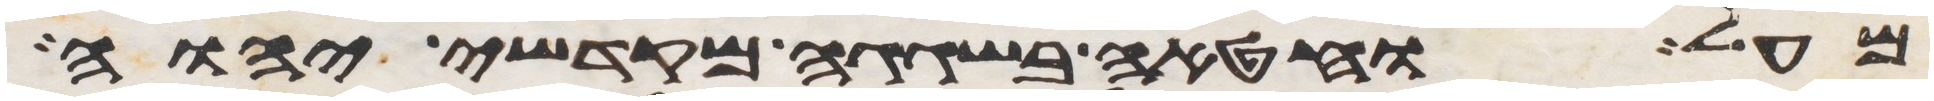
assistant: מעל וחטאה בשגגה מקדשי יהוה